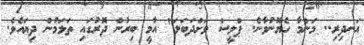
އަނދިރި.. މަންމާ ހެޔޮނުވާނެ. ޕްލީސް ވަށްދަބަލަ" އާމީ ބިރުން ދޮރުގައި ތަޅަމުން ދިޔައެވެ.